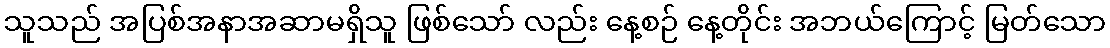
သူသည် အပြစ်အနာအဆာမရှိသူ ဖြစ်သော် လည်း နေ့စဉ် နေ့တိုင်း အဘယ်ကြောင့် မြတ်သော